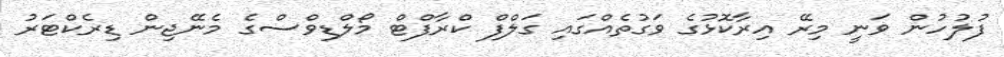
ފުލުހުން ވަނީ މިރޭ އިރާކޮޅުގެ ވަގުތެއްގައި ގަލްފް ކްރާފްޓް މޯލްޑިވްސްގެ މެނޭޖިން ޑިރެކްޓަރު